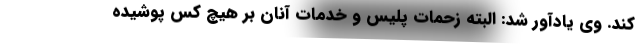
کند. وی یادآور شد: البته زحمات پلیس و خدمات آنان بر هیچ کس پوشیده